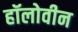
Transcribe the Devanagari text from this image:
हॉलोवीन